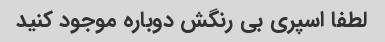
لطفا اسپری بی رنگش دوباره موجود کنید